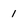
Character: 1